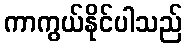
ကာကွယ်နိုင်ပါသည်